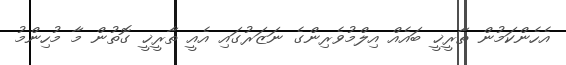
އެހެންކަމުން ތާރީޚީ ބައެއް އިލްމުވެރިންގެ ނަޒަރުގައި އެއީ ތާރީޚީ ގޮތުން މާ މުހިންމު